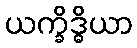
ယက္ခိဒ္ဓိယာ